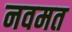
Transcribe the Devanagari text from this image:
नवमत